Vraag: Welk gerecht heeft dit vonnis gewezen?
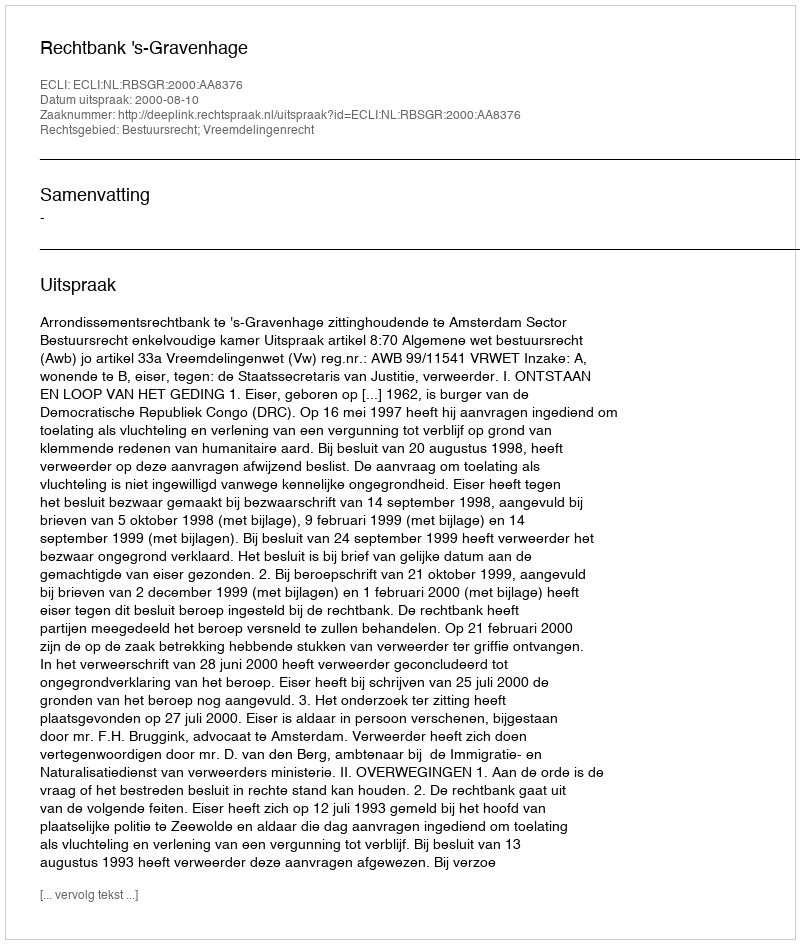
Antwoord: Rechtbank 's-Gravenhage